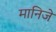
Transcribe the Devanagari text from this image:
मानिजे